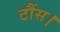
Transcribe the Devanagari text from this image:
टौंस।